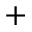
^ +